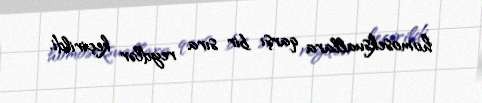
homoseksuallara qarşı bir sıra reydlər keçirildi.